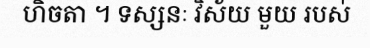
ហិចតា ។ ទស្សនៈ វិស័យ មួយ របស់